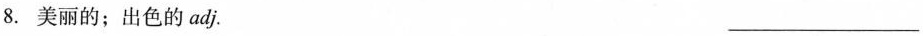
8.美丽的；出色的adj. ___